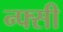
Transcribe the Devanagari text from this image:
न्फ्सी